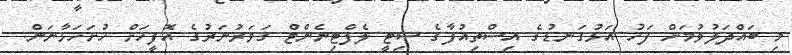
މި ބައްދަލުވުމަށް ފަހު އަޅުގަނޑުގެ އިސްތިއުފާގެ ސިޓީ ލެފްޓިނެންޓް ގަވަރުނަރުގެ އޮފީހަށް ހުށަހަޅާނަން.